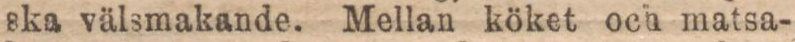
ska välsmakande. Mellan köket och matsa-